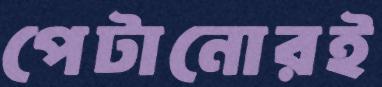
পেটানোরই